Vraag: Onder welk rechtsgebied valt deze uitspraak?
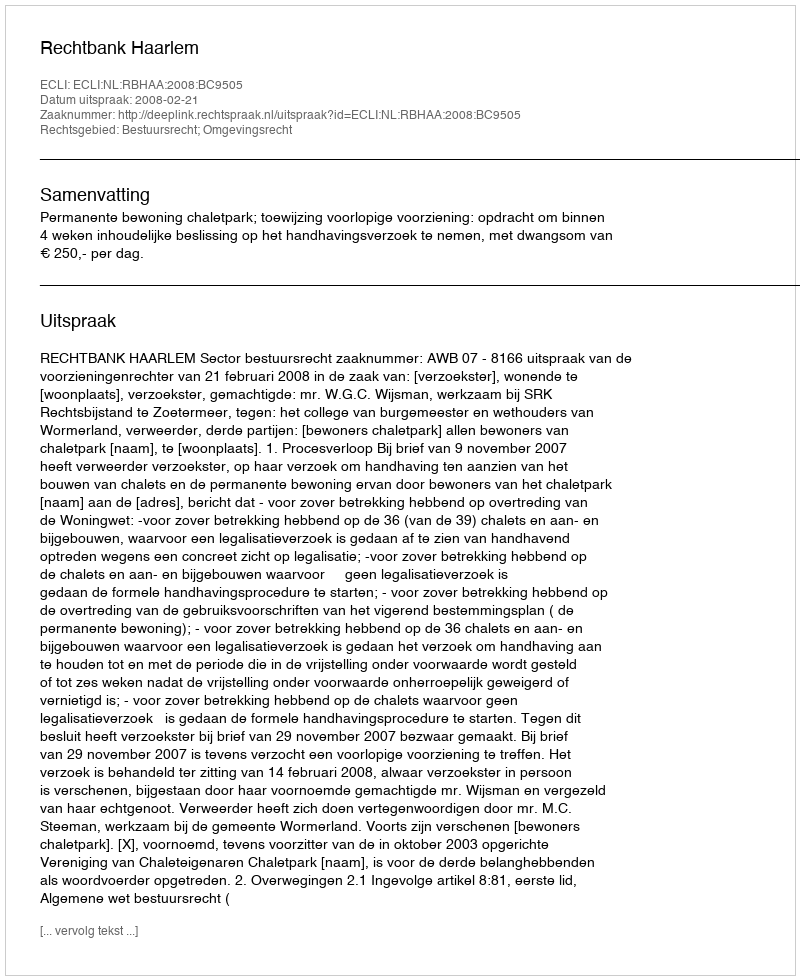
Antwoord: Bestuursrecht; Omgevingsrecht